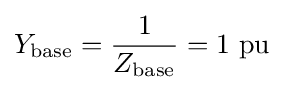
Y_{\text{base}}={\frac {1}{Z_{\text{base}}}}=1{\text{ pu}}